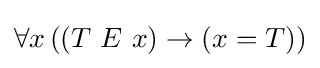
\forall x\,((T\ E\ x)\to (x=T))